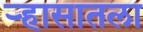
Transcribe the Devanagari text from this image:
र्‍हासातला